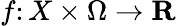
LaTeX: f\colon X\times\Omega\rightarrow\mathbf{R}